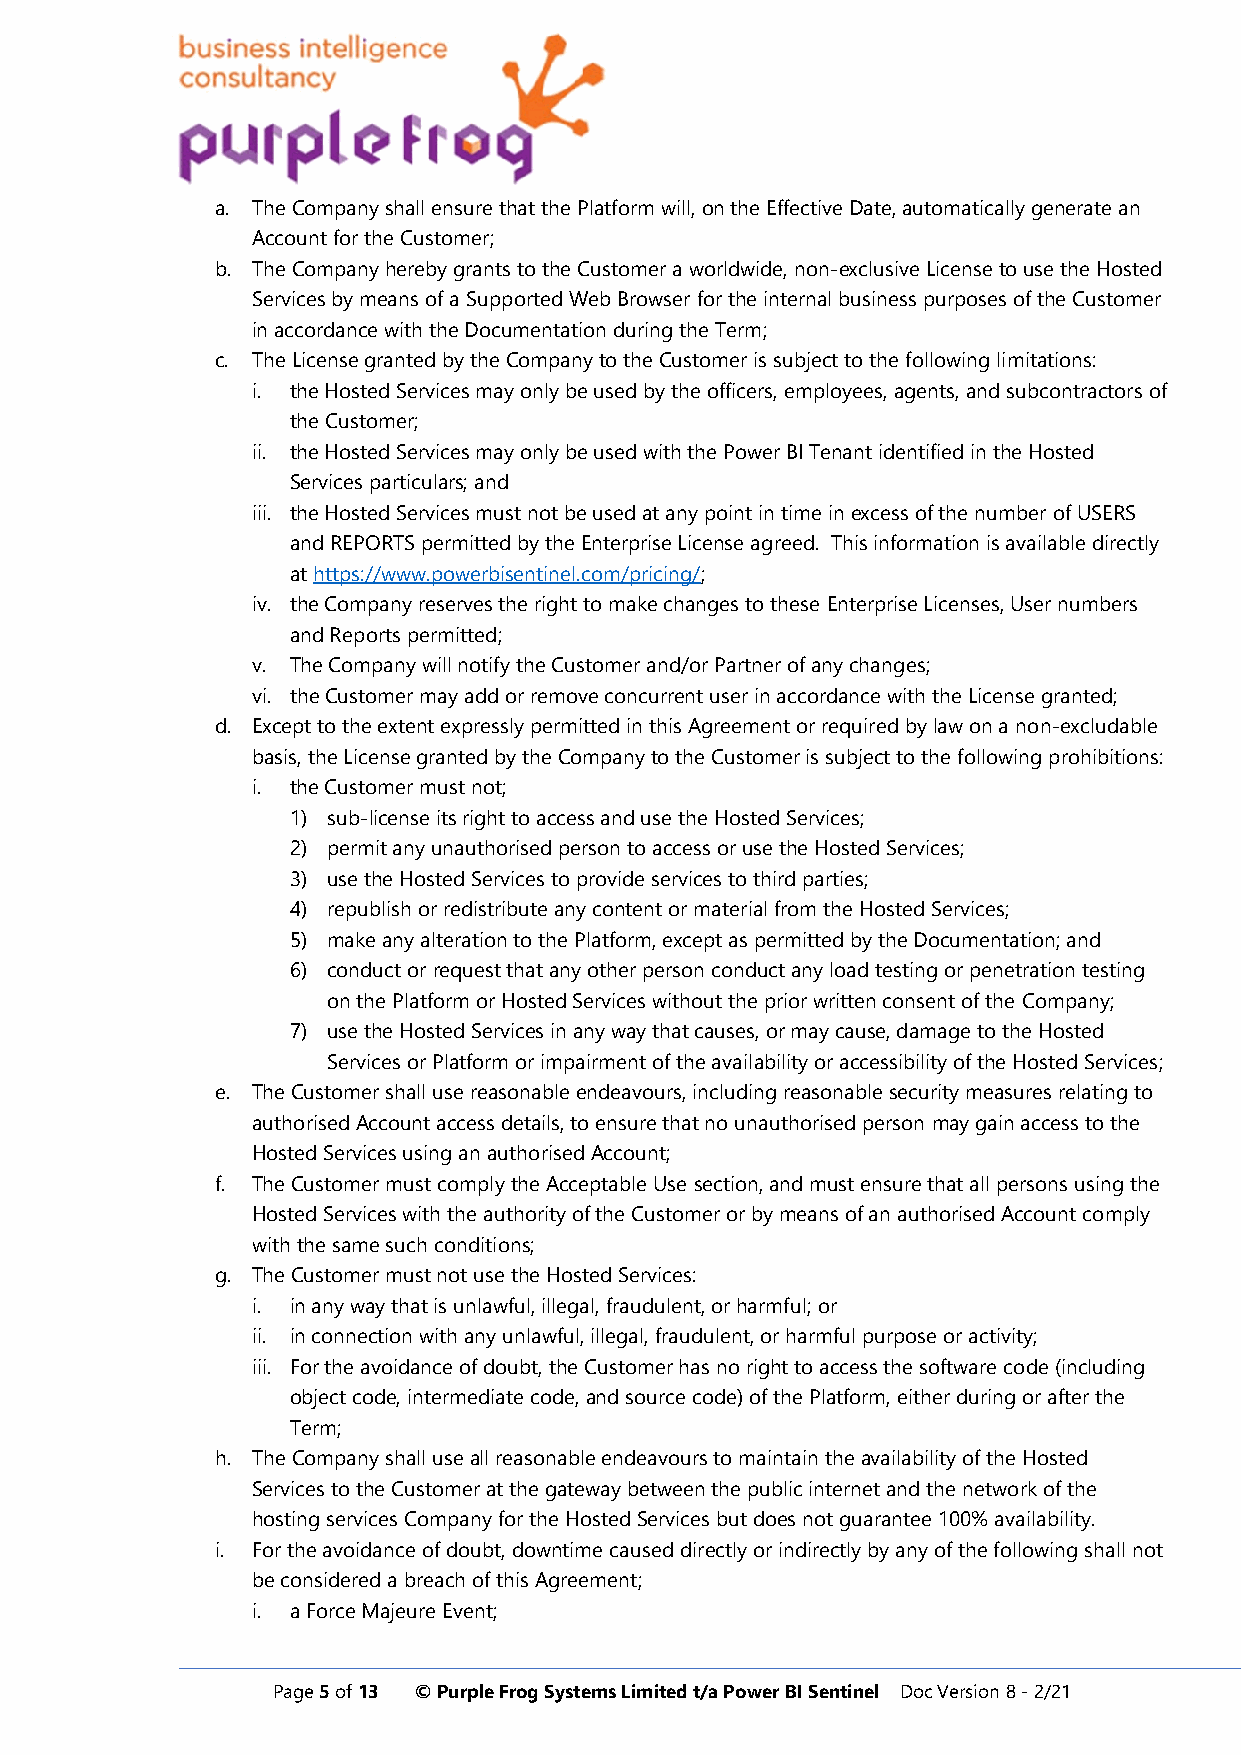
a. The Company shall ensure that the Platform will, on the Effective Date, automatically generate an
 Account for the Customer;
 b. The Company hereby grants to the Customer a worldwide, non-exclusive License to use the Hosted
 Services by means of a Supported Web Browser for the internal business purposes of the Customer
 in accordance with the Documentation during the Term;
 c. The License granted by the Company to the Customer is subject to the following limitations:
 i. the Hosted Services may only be used by the officers, employees, agents, and subcontractors of
 the Customer;
 ii. the Hosted Services may only be used with the Power BI Tenant identified in the Hosted
 Services particulars; and
 iii. the Hosted Services must not be used at any point in time in excess of the number of USERS
 and REPORTS permitted by the Enterprise License agreed. This information is available directly
 at https://www.powerbisentinel.com/pricing/;
 iv. the Company reserves the right to make changes to these Enterprise Licenses, User numbers
 and Reports permitted;
 v. The Company will notify the Customer and/or Partner of any changes;
 vi. the Customer may add or remove concurrent user in accordance with the License granted;
 d. Except to the extent expressly permitted in this Agreement or required by law on a non-excludable
 basis, the License granted by the Company to the Customer is subject to the following prohibitions:
 i. the Customer must not;
 1) sub-license its right to access and use the Hosted Services;
 2) permit any unauthorised person to access or use the Hosted Services;
 3) use the Hosted Services to provide services to third parties;
 4) republish or redistribute any content or material from the Hosted Services;
 5) make any alteration to the Platform, except as permitted by the Documentation; and
 6) conduct or request that any other person conduct any load testing or penetration testing
 on the Platform or Hosted Services without the prior written consent of the Company;
 7) use the Hosted Services in any way that causes, or may cause, damage to the Hosted
 Services or Platform or impairment of the availability or accessibility of the Hosted Services;
 e. The Customer shall use reasonable endeavours, including reasonable security measures relating to
 authorised Account access details, to ensure that no unauthorised person may gain access to the
 Hosted Services using an authorised Account;
 f. The Customer must comply the Acceptable Use section, and must ensure that all persons using the
 Hosted Services with the authority of the Customer or by means of an authorised Account comply
 with the same such conditions;
 g. The Customer must not use the Hosted Services:
 i. in any way that is unlawful, illegal, fraudulent, or harmful; or
 ii. in connection with any unlawful, illegal, fraudulent, or harmful purpose or activity;
 iii. For the avoidance of doubt, the Customer has no right to access the software code (including
 object code, intermediate code, and source code) of the Platform, either during or after the
 Term;
 h. The Company shall use all reasonable endeavours to maintain the availability of the Hosted
 Services to the Customer at the gateway between the public internet and the network of the
 hosting services Company for the Hosted Services but does not guarantee 100% availability.
 i. For the avoidance of doubt, downtime caused directly or indirectly by any of the following shall not
 be considered a breach of this Agreement;
 i. a Force Majeure Event;
 Page 5 of 13 © Purple Frog Systems Limited t/a Power BI Sentinel Doc Version 8 - 2/21